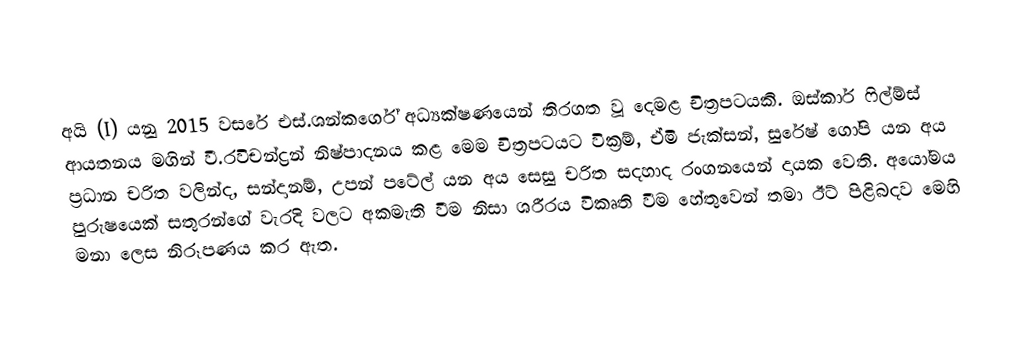
අයි (I) යනු 2015 වසරේ එස්.ශන්කර්ගේ අධ්‍යක්ෂණයෙන් තිරගත වූ දෙමළ චිත්‍රපටයකි. ඔස්කාර් ෆිල්ම්ස් ආයතනය මගින් වී.රවිචන්ද්‍රන් නිෂ්පාදනය කළ මෙම චිත්‍රපටයට වික්‍රම්, ඒමි ජැක්සන්, සුරේෂ් ගෝපි යන අය ප්‍රධාන චරිත වලින්ද, සන්දානම්, උපන් පටේල් යන අය සෙසු චරිත සදහාද රංගනයෙන් දායක වෙති. අයෝමය පුරුෂයෙක් සතුරන්ගේ වැරදි වලට අකමැති වීම නිසා ශරීරය විකෘති වීම හේතුවෙන් තමා ඊට් පිළිබදව මෙහි මනා ලෙස නිරූපණය කර ඇත.